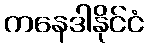
ကနေဒါနိုင်ငံ